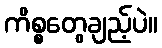
ကိစ္စတွေချည့်ပဲ။